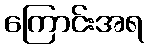
ကြောင်းအရ